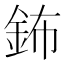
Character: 鈽